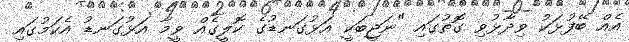
އެއް ބޭފުޅަކު ވިދާޅުވި ގޮތުގައި "ނަޖީބަކީ އަޅުގަނޑުގެ ކޮލީގެއް ވީމާ އަޅުގަނޑު އެކަމުގައި